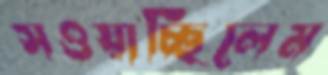
সওয়াচ্ছিলেম